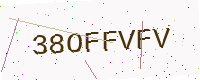
Text: 38OFFVFV